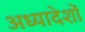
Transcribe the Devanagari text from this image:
अध्‍यादेशों